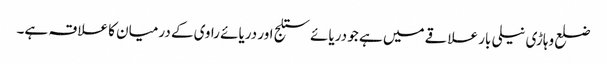
ضلع وہاڑی نیلی بار علاقے میں ہے جو دریائے ستلج اور دریائے راوی کے درمیان کا علاقہ ہے۔